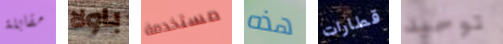
مقابلة باولا مستخدمة هذه قطارات توحيد